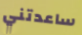
ساعدتني